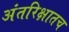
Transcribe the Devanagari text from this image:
अंतरिक्षातच